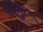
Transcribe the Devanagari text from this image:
बजावू